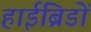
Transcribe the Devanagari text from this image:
हाईब्रिडों